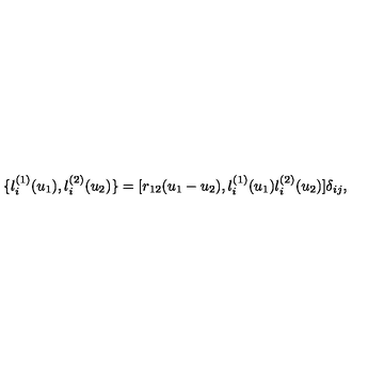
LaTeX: \{ l _ { i } ^ { ( 1 ) } ( u _ { 1 } ) , l _ { i } ^ { ( 2 ) } ( u _ { 2 } ) \} = [ r _ { 1 2 } ( u _ { 1 } - u _ { 2 } ) , l _ { i } ^ { ( 1 ) } ( u _ { 1 } ) l _ { i } ^ { ( 2 ) } ( u _ { 2 } ) ] \delta _ { i j } ,